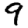
Digit: 9